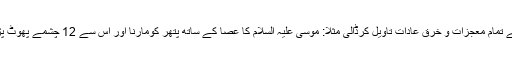
ایک وہ جو زیادہ غلو کرجاتے ہیں جیسے سید احمد نیچری نے تفسیر لکھی تو قرآن مجید کے تمام معجزات و خرق عادات تاویل کرڈالی مثلاً: موسیٰ علیہ السلام کا عصا کے ساتھ پتھر کومارنا اور اس سے 12 چشمے پھوٹ پڑنا کا مطلب یہ بیان کیا کہ عصا ٹیک کرپہاڑوں میں چلے کہیں اتفاقاً بارہ چشمے مل گئے۔